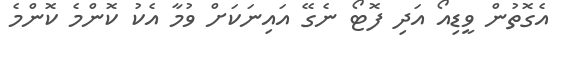
އެގޮތުން ވީޑިއޯ އަދި ފޮޓޯ ނެގޭ އައިނަކަށް ވުމާ އެކު ކޮންމެ ކޮންމެ